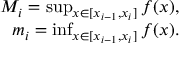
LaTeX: \begin{array} { r } { M _ { i } = \operatorname* { s u p } _ { x \in [ x _ { i - 1 } , x _ { i } ] } f ( x ) , } \\ { m _ { i } = \operatorname* { i n f } _ { x \in [ x _ { i - 1 } , x _ { i } ] } f ( x ) . } \end{array}